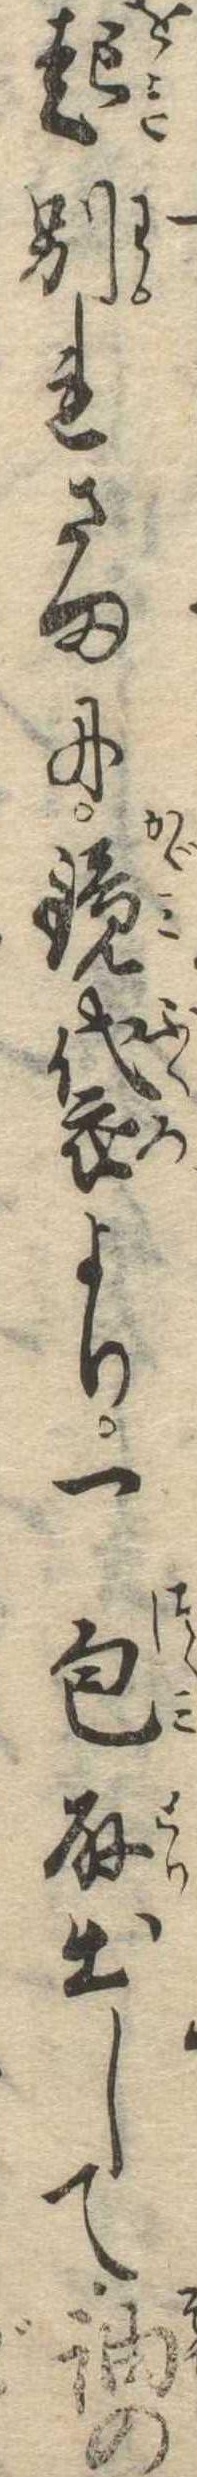
起別れさまに鏡袋より一包取出して袖の